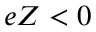
e Z < 0